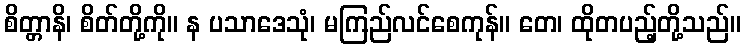
စိတ္တာနိ၊ စိတ်တို့ကို။ န ပသာဒေသုံ၊ မကြည်လင်စေကုန်။ တေ၊ ထိုတပည့်တို့သည်။